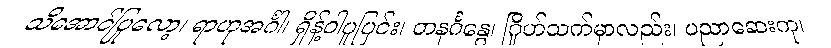
သိအောင်ပြုလော့၊ ရာဟုအင်္ဂါ၊ ရှိန့်ဝါပူပြင်း၊ တနင်္ဂနွေ၊ ဂြိုဟ်သက်မှာလည်း၊ ပညာဆေးကု၊